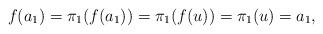
LaTeX: \begin{align*}f(a_1)=\pi_1(f(a_1))=\pi_1(f(u))=\pi_1(u)=a_1,\end{align*}